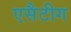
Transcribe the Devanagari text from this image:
एसैटीग